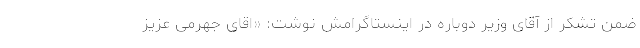
ضمن تشکر از آقای وزیر دوباره در اینستاگرامش نوشت: «اقای جهرمی عزیز